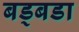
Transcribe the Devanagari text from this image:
बड्बडा